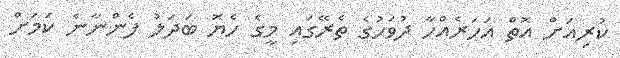
ކުރިއަށް އޮތް އަހަރެއްހާ ދުވަހުގެ ތެރޭގައި މީގެ ހެޔޮ ބަދަލު ފެންނާނެ ކަމަށް